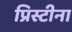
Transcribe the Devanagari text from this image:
प्रिस्टीना